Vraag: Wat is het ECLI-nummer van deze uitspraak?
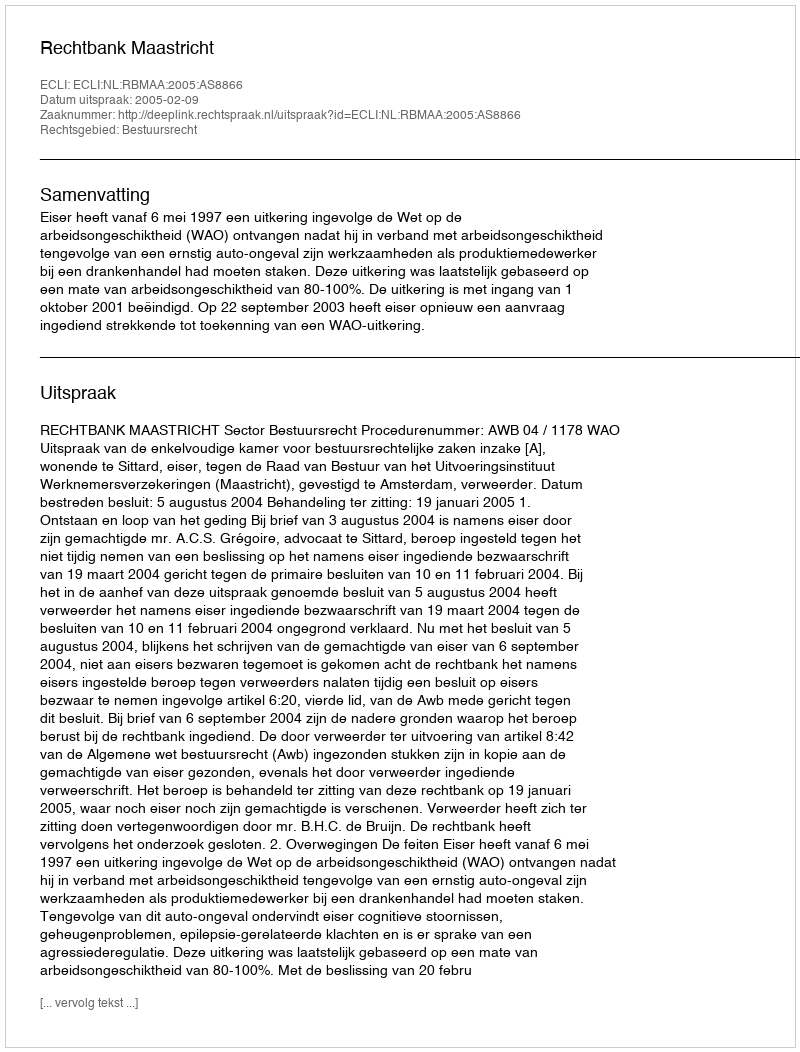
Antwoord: ECLI:NL:RBMAA:2005:AS8866